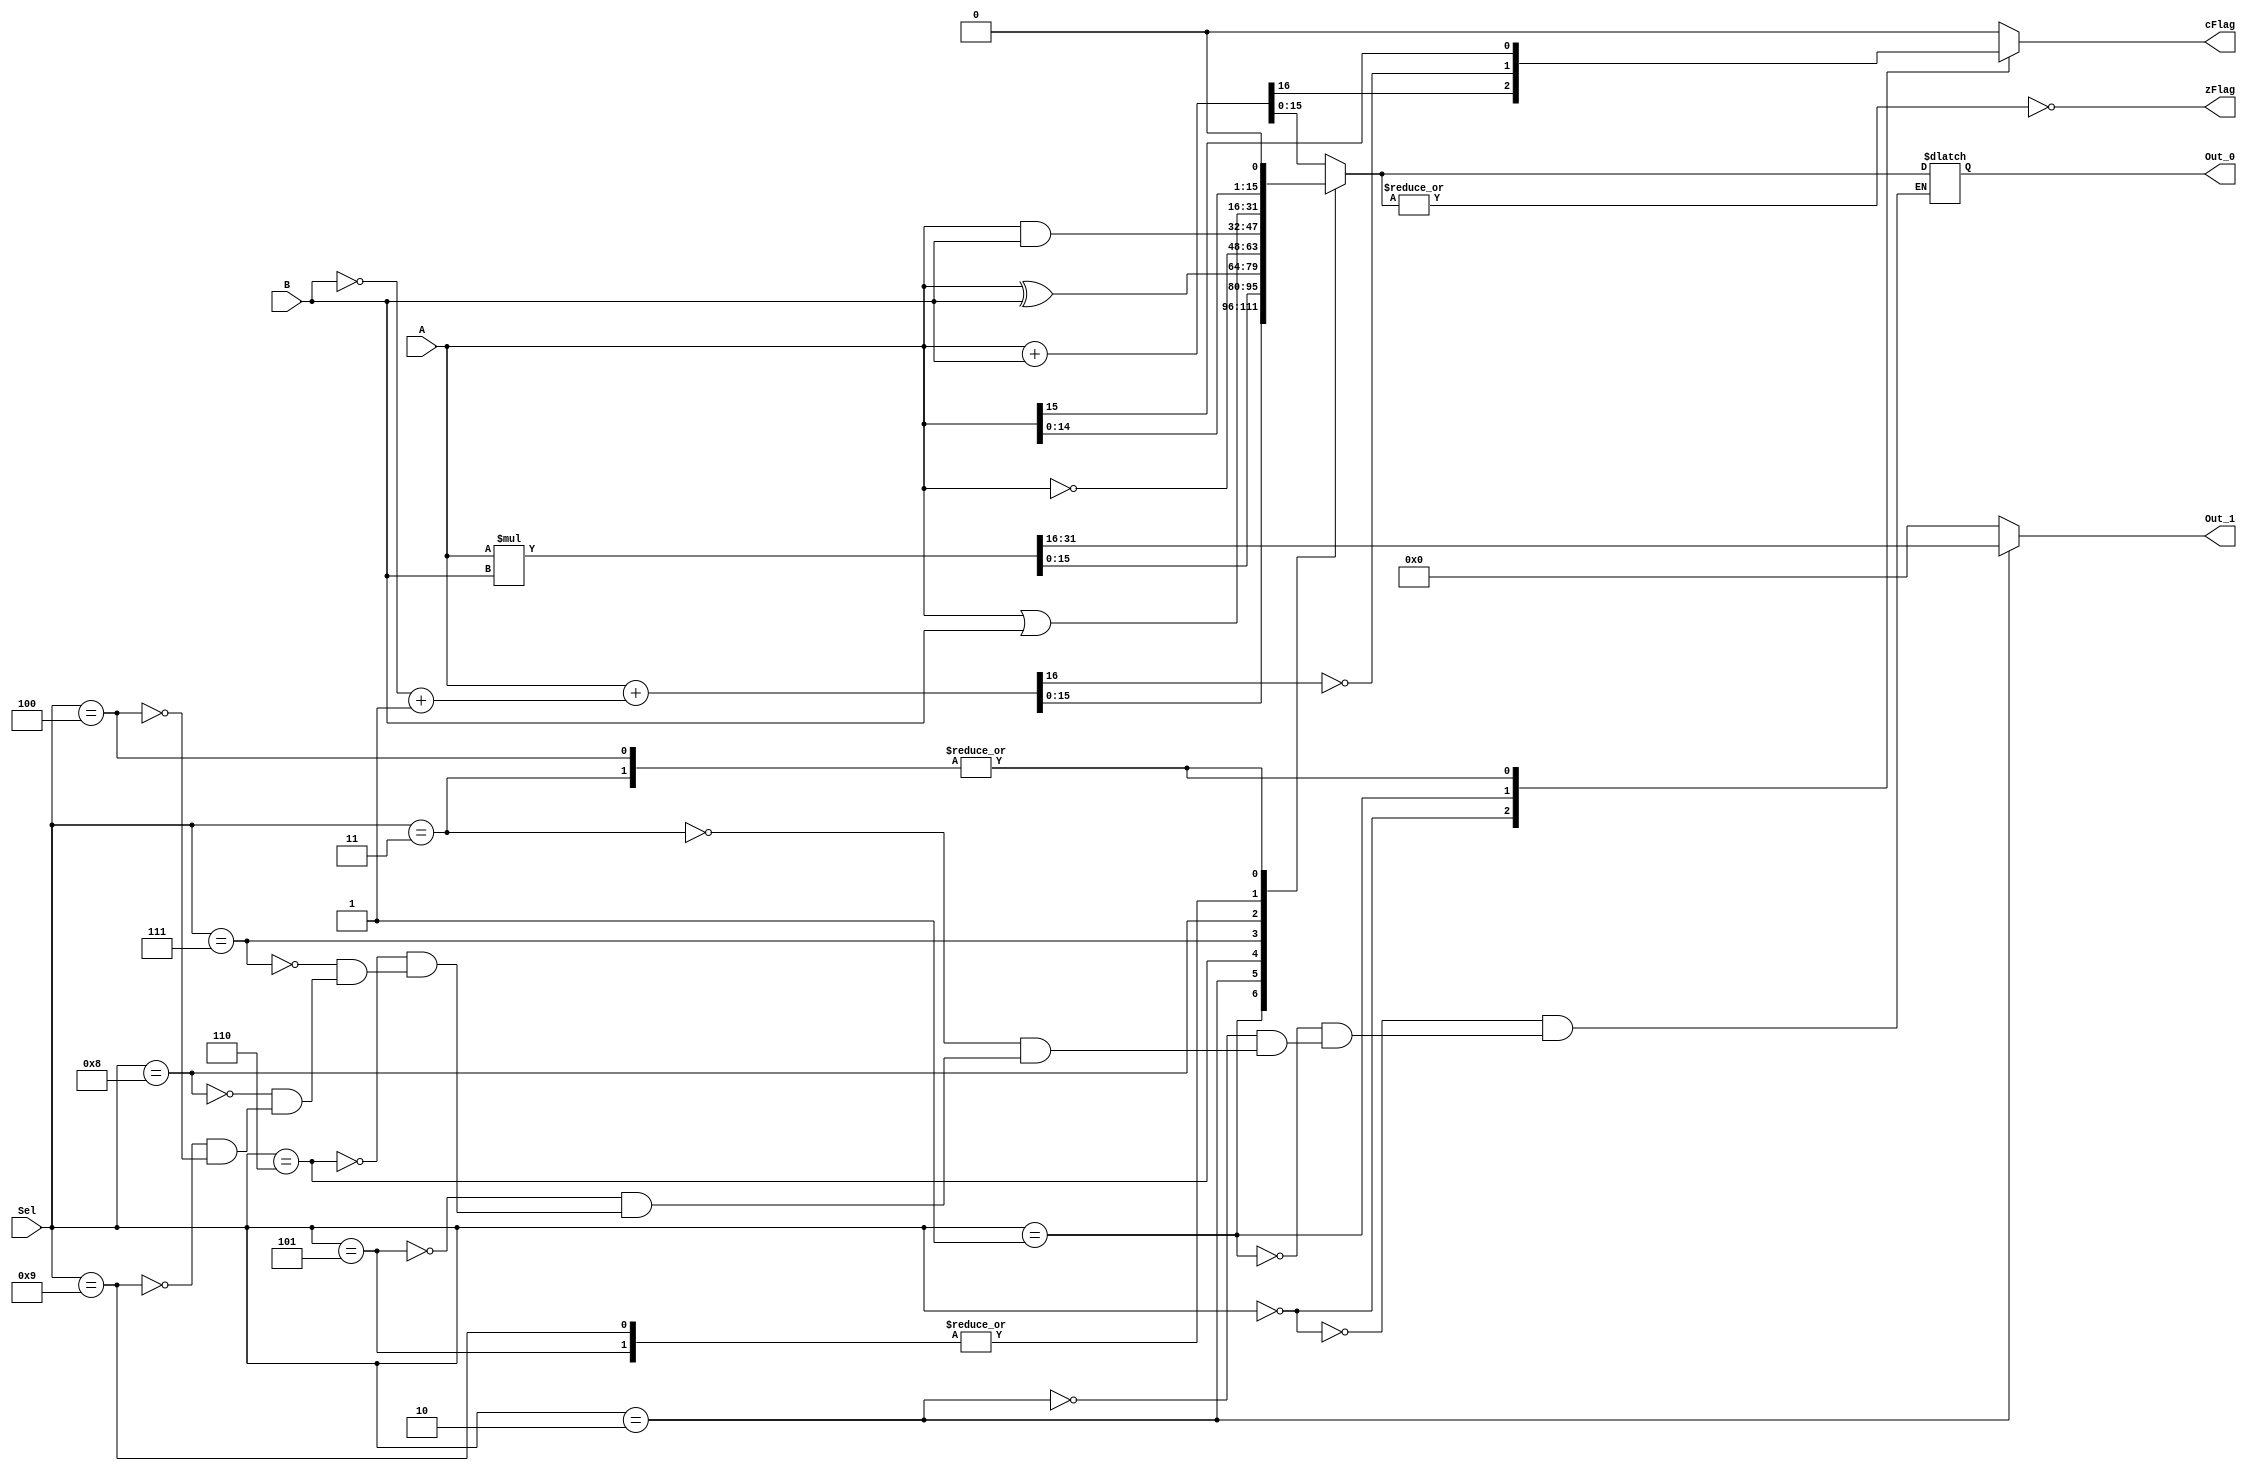
module ALU(A, B, Sel, Out_1, Out_0, cFlag, zFlag);

   input [15:0] A, B;
   input [3:0]  Sel;
   
   output reg [15:0] Out_1, Out_0;
   output reg cFlag, zFlag;
   
   reg [15:0] B2comp;
   
   reg cFlag_N;

   always @ (*) begin
   
        cFlag = 0;
        Out_1 = 16'd0;

        B2comp = (~B) + 16'h1;

        case(Sel)
    
            4'h0: begin //ADD
                {cFlag, Out_0} = A + B;
                
            end
            
            4'h1: begin //SUB           
                {cFlag_N, Out_0} = A + B2comp; //Adding 2s Complement
                cFlag = ~cFlag_N;
            end
            
            4'h2: begin //MUL
                {Out_1, Out_0} = A * B;
            end
            
            4'h3: begin //ShL
                Out_0 = A << 1;
                cFlag = A[15];
            end
            
            4'h10: begin //ShR
                Out_0 = A >> 1;
            end
            
            //Done So far

            4'h5: begin //BITOR (|)
                Out_0 = A | B;
            end
            
            4'h6: begin //BITXOR (^)
                Out_0 = A ^ B;
            end
            
            4'h7: begin //BITNOT (~)
                Out_0 = ~A;
            end

            
            4'h8: begin //BITAND (&)
                Out_0 = A & B;
            end

            //New

            4'h9: begin //BITOR (|)
                Out_0 = A | B;
            end

            4'h10: begin //BITSHIFT LEFT (~)
                Out_0 = A << 1;
                cFlag = A[15];
            end

            4'h11: begin //BITSHIFT LEFT (~)
                Out_0 = A << 1;
                cFlag = A[15];
            end

            4'h12: begin //BITSHIFT LEFT (~)
                Out_0 = A << 1;
                cFlag = A[15];
            end

            4'h13: begin //BITSHIFT LEFT (~)
                Out_0 = A << 1;
                cFlag = A[15];
            end

            4'h14: begin //BITSHIFT LEFT (~)
                Out_0 = A << 1;
                cFlag = A[15];
            end

            4'h15: begin //BITSHIFT LEFT (~)
                Out_0 = A << 1;
                cFlag = A[15];
            end

            default: $display("Error in ALU-Sel...");
        endcase
        
        zFlag = ~|(Out_0[15:0]);
   end
   
endmodule